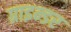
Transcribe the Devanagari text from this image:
ग्राइन्डर